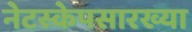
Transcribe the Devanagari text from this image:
नेटस्केपसारख्या